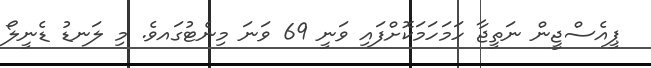
ޕީއެސްޖީން ނަތީޖާ ހަމަހަމަކޮށްފައި ވަނީ 69 ވަނަ މިނެޓުގައވެެ. މި ލަނޑު ޑެނީލޯ